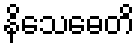
နိသေဓေတိ